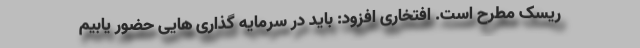
ریسک مطرح است. افتخاری افزود: باید در سرمایه گذاری هایی حضور یابیم